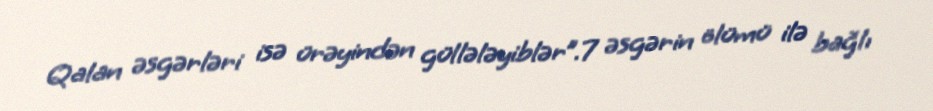
Qalan əsgərləri isə ürəyindən güllələyiblər”.7 əsgərin ölümü ilə bağlı